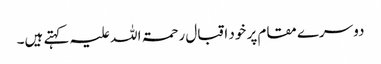
دوسرے مقام پر خود اقبال رحمۃ اللہ علیہ کہتے ہیں۔